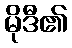
မိုဒီ၏